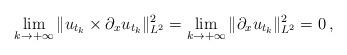
LaTeX: \begin{align*}\lim_{k\rightarrow +\infty}\|u_{t_k}\times\partial_x u_{t_k}\|^2_{L^2} =\lim_{k\rightarrow +\infty}\|\partial_x u_{t_k}\|^2_{L^2}=0\, ,\end{align*}